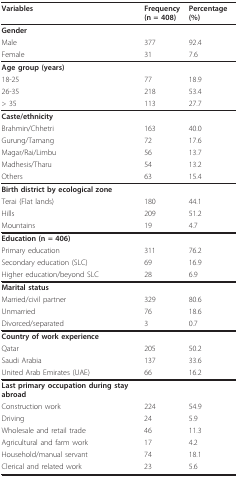
<table><thead><tr><td><b>Variables</b></td><td><b>Frequency (n = 408)</b></td><td><b>Percentage (%)</b></td></tr></thead><tbody><tr><td><b>Gender</b></td><td></td><td></td></tr><tr><td>Male</td><td>377</td><td>92.4</td></tr><tr><td>Female</td><td>31</td><td>7.6</td></tr><tr><td><b>Age group (years)</b></td><td></td><td></td></tr><tr><td>18-25</td><td>77</td><td>18.9</td></tr><tr><td>26-35</td><td>218</td><td>53.4</td></tr><tr><td>&gt; 35</td><td>113</td><td>27.7</td></tr><tr><td><b>Caste/ethnicity</b></td><td></td><td></td></tr><tr><td>Brahmin/Chhetri</td><td>163</td><td>40.0</td></tr><tr><td>Gurung/Tamang</td><td>72</td><td>17.6</td></tr><tr><td>Magar/Rai/Limbu</td><td>56</td><td>13.7</td></tr><tr><td>Madhesis/Tharu</td><td>54</td><td>13.2</td></tr><tr><td>Others</td><td>63</td><td>15.4</td></tr><tr><td><b>Birth district by ecological zone</b></td><td></td><td></td></tr><tr><td>Terai (Flat lands)</td><td>180</td><td>44.1</td></tr><tr><td>Hills</td><td>209</td><td>51.2</td></tr><tr><td>Mountains</td><td>19</td><td>4.7</td></tr><tr><td><b>Education (n = 406)</b></td><td></td><td></td></tr><tr><td>Primary education</td><td>311</td><td>76.2</td></tr><tr><td>Secondary education (SLC)</td><td>69</td><td>16.9</td></tr><tr><td>Higher education/beyond SLC</td><td>28</td><td>6.9</td></tr><tr><td><b>Marital status</b></td><td></td><td></td></tr><tr><td>Married/civil partner</td><td>329</td><td>80.6</td></tr><tr><td>Unmarried</td><td>76</td><td>18.6</td></tr><tr><td>Divorced/separated</td><td>3</td><td>0.7</td></tr><tr><td><b>Country of work experience</b></td><td></td><td></td></tr><tr><td>Qatar</td><td>205</td><td>50.2</td></tr><tr><td>Saudi Arabia</td><td>137</td><td>33.6</td></tr><tr><td>United Arab Emirates (UAE)</td><td>66</td><td>16.2</td></tr><tr><td><b>Last primary occupation during stay abroad</b></td><td></td><td></td></tr><tr><td>Construction work</td><td>224</td><td>54.9</td></tr><tr><td>Driving</td><td>24</td><td>5.9</td></tr><tr><td>Wholesale and retail trade</td><td>46</td><td>11.3</td></tr><tr><td>Agricultural and farm work</td><td>17</td><td>4.2</td></tr><tr><td>Household/manual servant</td><td>74</td><td>18.1</td></tr><tr><td>Clerical and related work</td><td>23</td><td>5.6</td></tr></tbody></table>